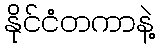
နိုင်ငံတကာနဲ့